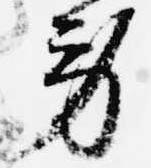
労